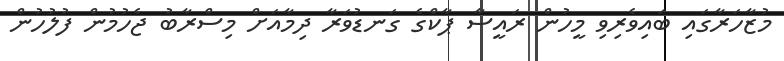
މުޒާހަރާގައި ބައިވެރިވި މީހުން ރައީސާ ޕާކްގެ ގަނޑުވަރާ ދިމާއަށް މިސްރާބު ޖެހުމުން ފުލުހުން